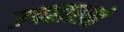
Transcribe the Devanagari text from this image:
उपहारग्रहे